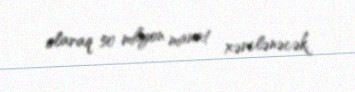
olaraq 50 milyon manat xərclənəcək.